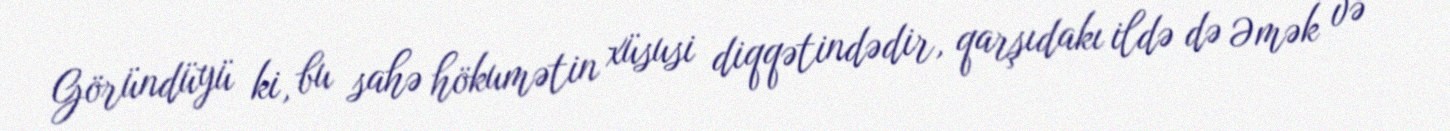
Göründüyü ki, bu sahə hökumətin xüsusi diqqətindədir, qarşıdakı ildə də Əmək və